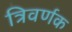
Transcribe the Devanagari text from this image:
त्रिवर्णक